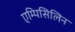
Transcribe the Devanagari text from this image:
एम्पिसिलिन